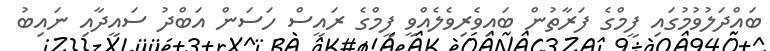
ބައްދަލުވުމުގައި ފީމްގެ ފަރާތުން ބައިވެރިވެލެއްވީ ފީމްގެ ރައީސް ހަސަން އަބްދު ސައީދާއި ނައިބު